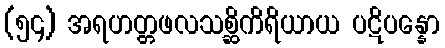
(၅၄) အရဟတ္တဖလသစ္ဆိကိရိယာယ ပဋိပန္နော